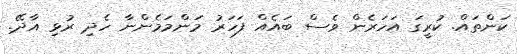
ކަންތައް. ކުރީގަ އަހަރެން ވެސް ބައެއް ފަހަރު މަންމަމެންނާ ހެދި ރުޅި އާދޭ.